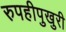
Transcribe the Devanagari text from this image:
रुपहीपुखुरी